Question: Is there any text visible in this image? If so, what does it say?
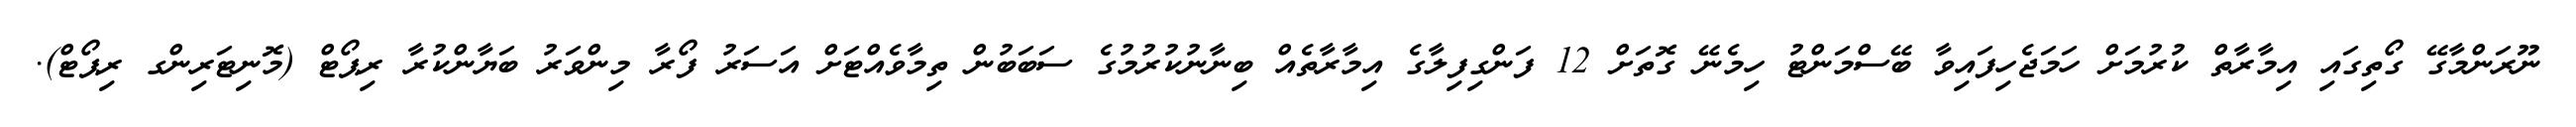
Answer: ނޫރަންމާގޭ ގޯތިގައި އިމާރާތް ކުރުމަށް ހަމަޖެހިފައިވާ ބޭސްމަންޓު ހިމެނޭ ގޮތަށް 12 ފަންގިފިލާގެ އިމާރާތެއް ބިނާނުކުރުމުގެ ސަބަބުން ތިމާވެއްޓަށް އަސަރު ފޯރާ މިންވަރު ބަޔާންކުރާ ރިޕޯޓް (މޮނިޓަރިންގ ރިޕޯޓް).